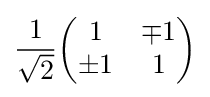
{\frac {1}{\sqrt {2}}}{\begin{pmatrix}1&\mp 1\\\pm 1&1\end{pmatrix}}